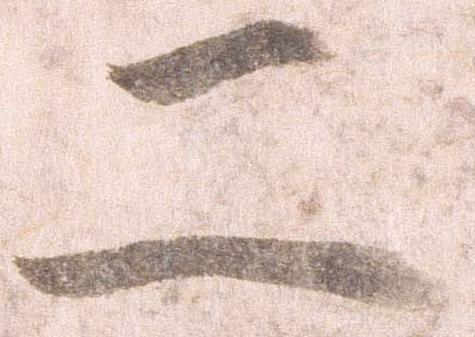
二